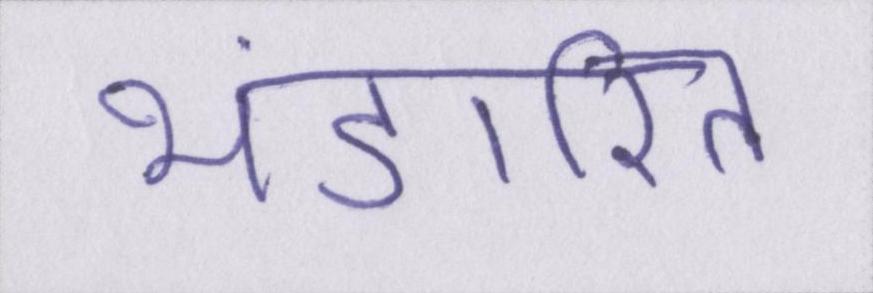
भंडारित